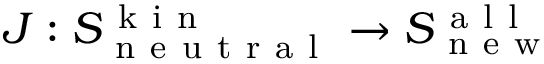
J : S _ { \mathrm { ~ n ~ e ~ u ~ t ~ r ~ a ~ l ~ } } ^ { \mathrm { ~ k ~ i ~ n ~ } } \to S _ { \mathrm { ~ n ~ e ~ w ~ } } ^ { \mathrm { ~ a ~ l ~ l ~ } }